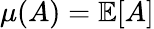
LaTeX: \mu(A)=\mathbb{E}[A]